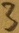
Text: 3